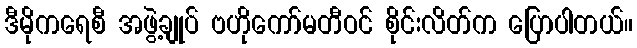
ဒီမိုကရေစီ အဖွဲ့ချုပ် ဗဟိုကော်မတီဝင် စိုင်းလိတ်က ပြောပါတယ်။